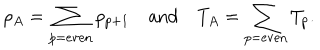
\rho _ { A } = \sum _ { p = \mathrm { e v e n } } \rho _ { p + 1 } \quad \mathrm { a n d } \quad T _ { A } = \sum _ { p = \mathrm { e v e n } } T _ { p } .